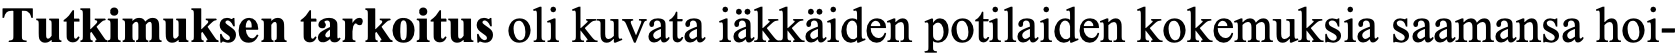
Tutkimuksen tarkoitus oli kuvata iäkkäiden potilaiden kokemuksia saamansa hoi-